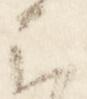
云